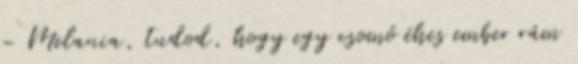
– Melania, tudod, hogy egy csomó éhes ember rám